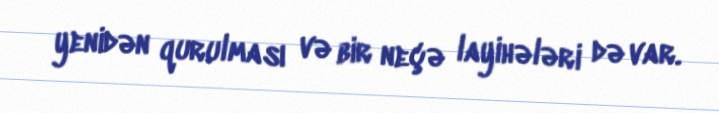
yenidən qurulması və bir neçə layihələri də var.